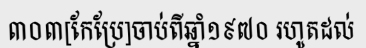
៣០៣[កែប្រែ]ចាប់ពីឆ្នាំ១៩៧០ រហូតដល់